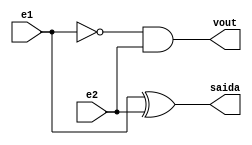
// Nome: Isabella Gonales
// Matrcula: 420120

module metodomeiadiferenca (saida,vout,e1,e2);
output saida,vout;
input e1,e2;
wire temp1;

xor XOR1 (saida,e1,e2);
not NOT1 (temp1,e1);
and AND1 (vout,temp1,e2);

endmodule

module metododiferencacompleta (saida,vout,e1,e2,vin);
output saida,vout;
input e1,e2,vin;
wire temp1,temp2,temp3;

metodomeiadiferenca MeiaDiferenca1 (temp1,temp2,e1,e2);
metodomeiadiferenca MeiaDiferenca2 (saida,temp3,temp1,vin);
or OR1 (vout, temp2,temp3);

endmodule

module testdiferencacompleta;
reg e1,e2,vin;
wire diferenca,vout;

metododiferencacompleta DiferencaCompleta (diferenca,vout,e1,e2,vin);

initial begin: start
		e1 = 0;  e2 = 0; vin=0;
		
end


initial begin:main

		$display("Circuito Diferenca Completa");
		#1 $display("e1-e2-Vin= Vout diferenca");
		#1 $monitor("%b- %b- %b =   %b      %b", e1,e2,vin,vout,diferenca);

		#1 e1 = 0; e2 = 0; vin=1;
		#1 e1 = 0; e2 = 1; vin=0;
		#1 e1 = 0; e2 = 1; vin=1;
		#1 e1 = 1; e2 = 0; vin=0;
		#1 e1 = 1; e2 = 0; vin=1;
		#1 e1 = 1; e2 = 1; vin=0;
		#1 e1 = 1; e2 = 1; vin=1;



end

endmodule


/*
 Circuito Diferena Completa
    e1-e2-Vin= Vout diferenca
    0- 0- 0 =   0      0
    0- 0- 1 =   1      1
    0- 1- 0 =   1      1
    0- 1- 1 =   1      0
    1- 0- 0 =   0      1
    1- 0- 1 =   0      0
    1- 1- 0 =   0      0
    1- 1- 1 =   1      1
    
     ----jGRASP: operation complete.
       
*/